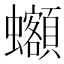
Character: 𰳦